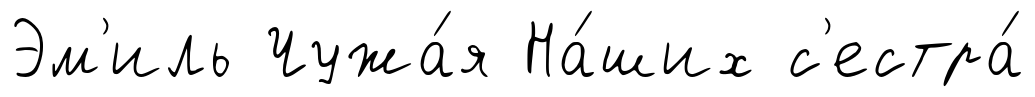
Эм'иль Чужа́я На́ших с'естра́